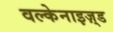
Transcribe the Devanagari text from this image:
वल्केनाइज़्ड